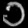
Digit: ၁